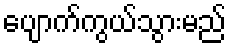
ပျောက်ကွယ်သွားမည်